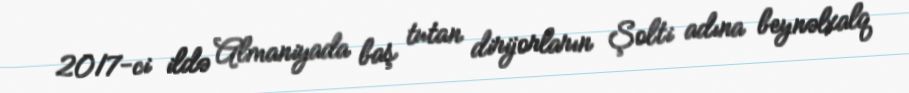
2017-ci ildə Almaniyada baş tutan dirijorların Şolti adına beynəlxalq